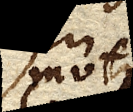
motus